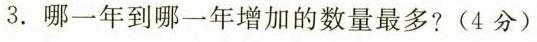
3.哪一年到哪一年增加的数量最多?(4分)